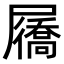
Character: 屩